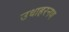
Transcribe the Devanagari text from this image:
उधाहरनण